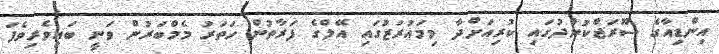
އިންޑިއާގެ ސޫރަޖްކުންދުގައި ކުރިއަށްދާ މިމައުރަޒުގައި އޭލްގެ ފަރާތުން ހަތަރު މެމްބަރުން ވަނީ ބައިވެރިވެފަ